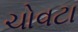
ચોવટા